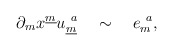
\begin{align*}\partial_{m} x^{\underline{m}} u^{~a}_{\underline{m}}{}~~~\sim ~~~e^{~a}_{m} ,\end{align*}